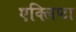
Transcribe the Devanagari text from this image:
एक्लिप्टा